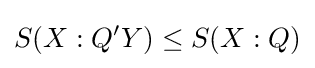
S(X:Q'Y)\leq S(X:Q)